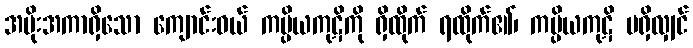
အမိုးအကာရှိသော ကျောင်းဝယ် ကပ္ပိယကုဋိကို ရှိထိုက် ရထိုက်၏၊ ကပ္ပိယကုဋိ မရှိလျှင်